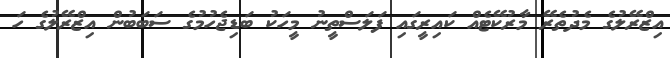
އިޒްރޭލުގެ މެދުތެރޭ މާރުކޭޓެއް ކައިރީގައި ފަލަސްތީނު މީހަކު ބަޑިޖެހުމުގެ ސަބަބުން އިޒްރޭލުގެ ހަ